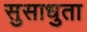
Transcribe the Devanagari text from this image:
सुसाधुता